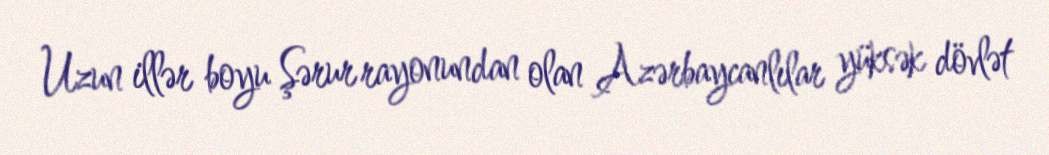
Uzun illər boyu Şərur rayonundan olan Azərbaycanlılar yüksək dövlət